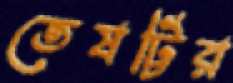
তেষট্টির